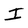
Character: I